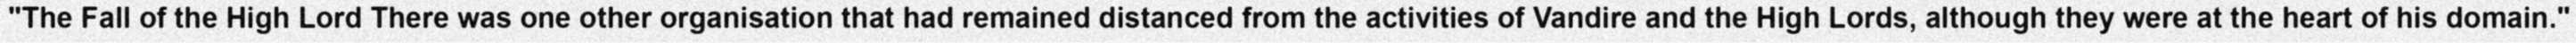
"The Fall of the High Lord There was one other organisation that had remained distanced from the activities of Vandire and the High Lords, although they were at the heart of his domain."